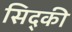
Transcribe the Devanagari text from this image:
सिद्की